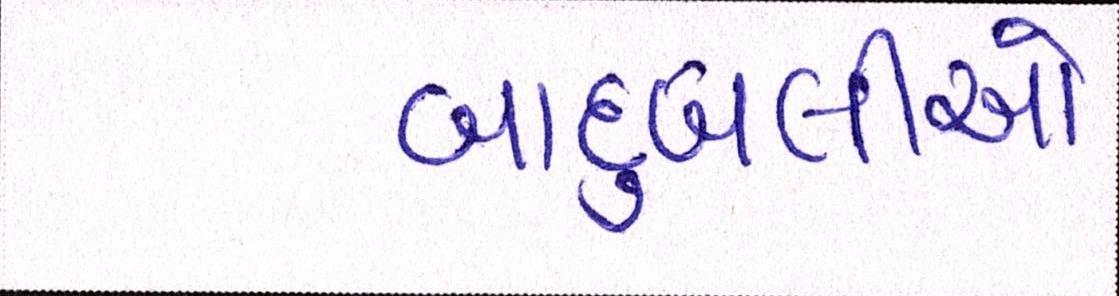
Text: બાદુબલીઓ